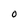
Character: O